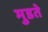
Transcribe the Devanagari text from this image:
मुडते